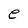
Character: e